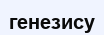
генезису